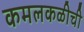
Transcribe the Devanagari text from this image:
कमलकळीची